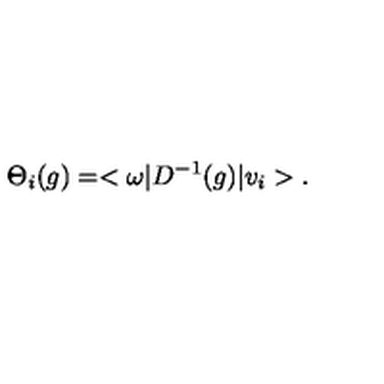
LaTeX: \Theta _ { i } ( g ) = < \omega | D ^ { - 1 } ( g ) | v _ { i } > .